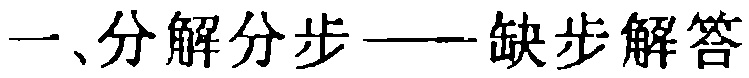
一、分解分步——缺步解答